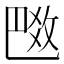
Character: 𢽼